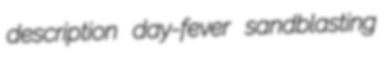
description day-fever sandblasting